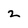
Character: 2